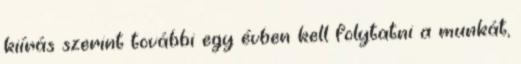
kiírás szerint további egy évben kell folytatni a munkát,